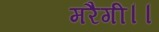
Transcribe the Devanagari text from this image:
मरैगी।।